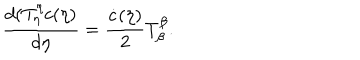
LaTeX: \frac { d ( T _ { \eta } ^ { \eta } c ( \eta ) } { d \eta } = \frac { \dot { c } ( \eta ) } { 2 } T _ { \beta } ^ { \beta } .